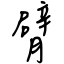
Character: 臂